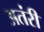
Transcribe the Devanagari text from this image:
अतंरीं